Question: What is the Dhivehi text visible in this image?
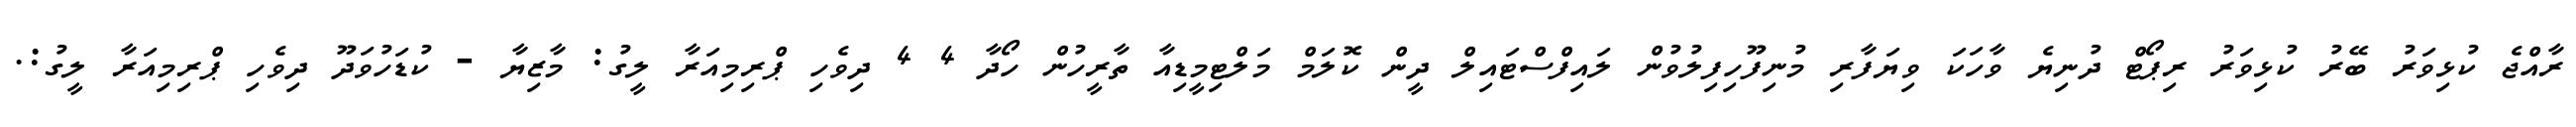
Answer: ރާއްޖެ ކުޅިވަރު ބޭރު ކުޅިވަރު ރިޕޯޓް ދުނިޔެ ވާހަކަ ވިޔަފާރި މުނިފޫހިފިލުވުން ލައިފްސްޓައިލް ދީން ކޮލަމް މަލްޓިމީޑިއާ ތާރީހުން ހޯދާ 4 4 ދިވެހި ޕްރިމިއަރާ ލީގު: މާޒިޔާ - ކުޑަހުވަދޫ ދިވެހި ޕްރިމިއަރާ ލީގު:.